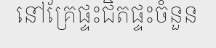
នៅគ្រែផ្ទះជិតផ្ទះចំនួន